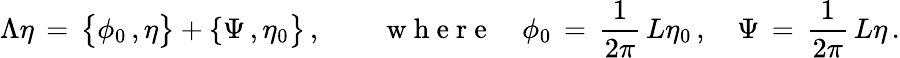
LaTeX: \Lambda\eta\, =\, \bigl\{ \phi_{0}\, ,\eta\bigr\} +\{ \Psi\, ,\eta_{0}\bigr\} \, ,\qquad\mathrm{~w~h~e~r~e~}\quad\phi_{0}\, =\, \frac{1}{2\pi}\, L\eta_{0}\, ,\quad\Psi\, =\, \frac{1}{2\pi}\, L\eta\, .